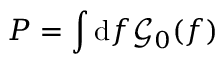
P = \int \mathrm { d } f \mathcal { G } _ { 0 } ( f )